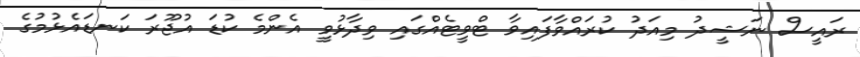
ރައީސް ނަޝީދު މިއަދު ކުރައްވާފައިވާ ޓްވީޓެއްގައި ވިދާޅުވީ އެންމެ ކުޑަ އުޖޫރަ ކަނޑައެޅުމުގެ